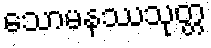
သောမနဿသုတ္တ